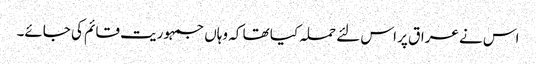
اس نے عراق پر اس لئے حملہ کیا تھا کہ وہاں جمہوریت قائم کی جائے۔